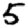
Digit: 5